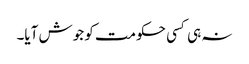
نہ ہی کسی حکومت کو جوش آیا۔